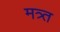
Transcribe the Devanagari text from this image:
मत्र्त